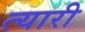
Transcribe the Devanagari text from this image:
त्यारी